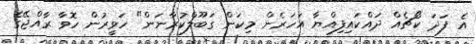
އެ ފަދަ ކޯޗެއް ދައްކައިފިއްޔާ އަހަރެން މިކަން ގަބޫލްކުރާނަން" ހަވީރުން ހޮވާ ރާއްޖޭގެ